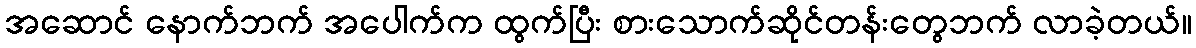
အဆောင် နောက်ဘက် အပေါက်က ထွက်ပြီး စားသောက်ဆိုင်တန်းတွေဘက် လာခဲ့တယ်။